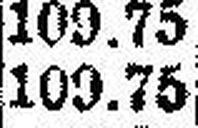
109.75